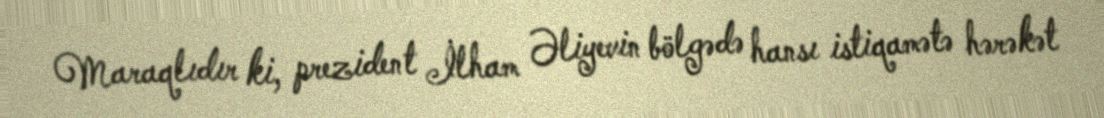
Maraqlıdır ki, prezident İlham Əliyevin bölgədə hansı istiqamətə hərəkət